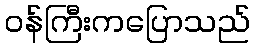
ဝန်ကြီးကပြောသည်